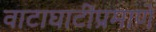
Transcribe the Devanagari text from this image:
वाटाघाटींप्रमाणे